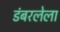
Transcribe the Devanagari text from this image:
डंबरलेला